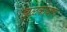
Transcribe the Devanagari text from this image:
झळकावला